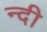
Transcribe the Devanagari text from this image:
न्दी